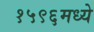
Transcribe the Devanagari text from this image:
१५९६मध्ये